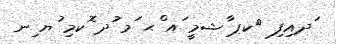
ަދއިފި 	ކޕ ާޝމީ ައ ްޙ ަމ ުދ ޮކމި ުޔ ިނ